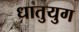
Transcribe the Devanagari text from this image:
धातुयुग